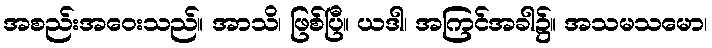
အစည်းအဝေးသည်။ အာသိ၊ ဖြစ်ပြီ။ ယဒါ၊ အကြင်အခါ၌။ အသမသမော၊